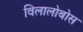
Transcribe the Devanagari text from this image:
विलालोबोस